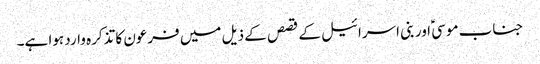
جناب موسیؑ اور بنی اسرائیل کے قصص کے ذیل میں فرعون کا تذکرہ وارد ہوا ہے۔